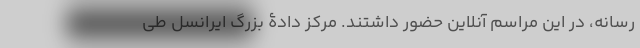
رسانه، در این مراسم آنلاین حضور داشتند. مرکز دادۀ بزرگ ایرانسل طی